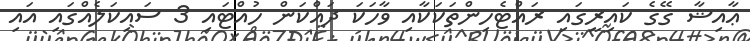
ޢާއިޝާ ގޭގެ ކައިރީގައި ރައްޓެހިންތަކަކާއި ވާހަކަ ދައްކަން ހުއްޓައި 3 ސައިކަލެއްގައި އައި